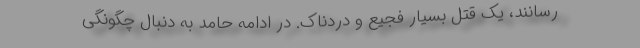
رسانند، یک قتل بسیار فجیع و دردناک. در ادامه حامد به دنبال چگونگی